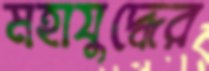
মহাযুদ্ধের